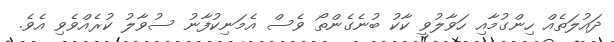
ދައުލަތެއް ހިންގުމާއި ހަވާލުވީ ކާކު ބުނެގެންތޯ ވެސް އެމަނިކުފާނު ސުވާލު ކުރެއްވެވި އެވެ.